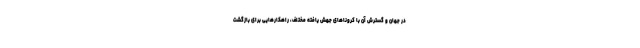
در جهان و گسترش آن با کروناهای جهش یافته مختلف، راهکارهایی برای بازگشت